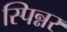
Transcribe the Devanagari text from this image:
स्पिन्नर